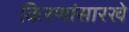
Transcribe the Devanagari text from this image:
किरणांसारखे